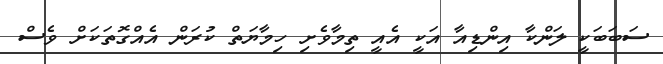
ސަބަބަކީ ލަންކާ އިންޑިއާ އަކީ އެއީ ތިމާވެށި ހިމާޔަތް ކުރަން އެއްގޮތަކަށް ވެސް